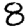
Digit: 8